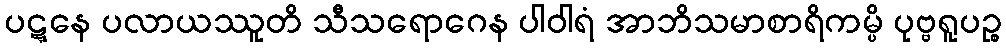
ပဋ္ဋနေ ပလာယဿူတိ သီသရောဂေန ပါဝါရံ အာဘိသမာစာရိကမ္ပိ ပုဗ္ဗရူပဉ္စ